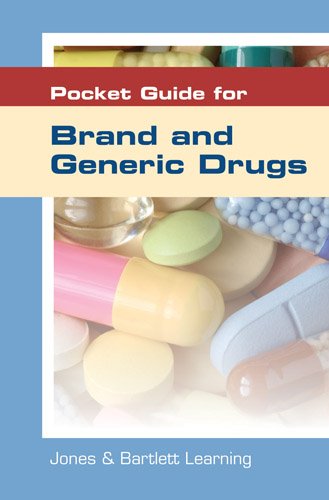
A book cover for Pocket Guide For Brand And Generic Drugs; Jones & Bartlett Learning; Medical Books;